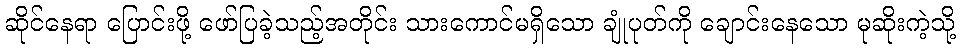
ဆိုင်နေရာ ပြောင်းဖို့ ဖော်ပြခဲ့သည့်အတိုင်း သားကောင်မရှိသော ချုံပုတ်ကို ချောင်းနေသော မုဆိုးကဲ့သို့